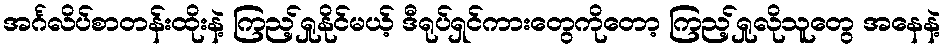
အင်္ဂလိပ်စာတန်းထိုးနဲ့ ကြည့်ရှုနိုင်မယ့် ဒီရုပ်ရှင်ကားတွေကိုတော့ ကြည့်ရှုလိုသူတွေ အနေနဲ့